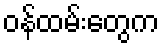
ဝန်ထမ်းတွေက